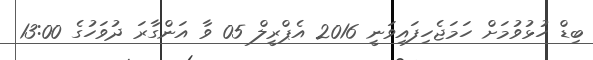
ބިޑް ހުޅުވުމަށް ހަމަޖެހިފައިވަނީ 2016 އެޕްރީލް 05 ވާ އަންގާރަ ދުވަހުގެ 13:00